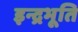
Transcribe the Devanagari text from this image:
इन्द्रभूति